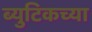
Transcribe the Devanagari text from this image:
ब्युटिकच्या